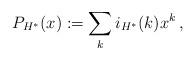
LaTeX: \begin{align*}P_{H^*}(x) := \sum_k i_{H^*}(k) x^k\,,\end{align*}